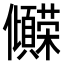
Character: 𫤒